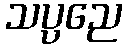
သပ္ပညေ